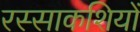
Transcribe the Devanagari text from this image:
रस्साकशियों